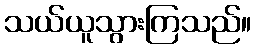
သယ်ယူသွားကြသည်။